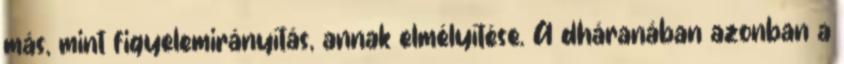
más, mint figyelemirányítás, annak elmélyítése. A dháranában azonban a